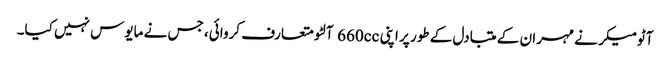
آٹومیکر نے مہران کے متبادل کے طور پر اپنی 660cc آلٹو متعارف کروائی، جس نے مایوس نہیں کیا۔